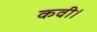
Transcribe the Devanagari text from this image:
कवी।